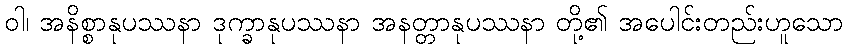
ဝါ၊ အနိစ္စာနုပဿနာ ဒုက္ခာနုပဿနာ အနတ္တာနုပဿနာ တို့၏ အပေါင်းတည်းဟူသော